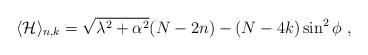
LaTeX: \begin{align*}\langle \mathcal{H} \rangle_{n,k}=\sqrt{\lambda^2+\alpha^2}(N-2n)-(N-4k) \sin^2\phi\ ,\end{align*}